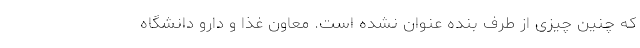
که چنین چیزی از طرف بنده عنوان نشده است. معاون غذا و دارو دانشگاه